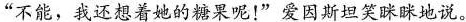
”不能，我还想着她的糖果呢！”爱因斯坦笑眯眯地说。